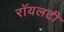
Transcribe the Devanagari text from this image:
रॉयलटी